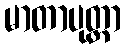
မာတာပုတ္တာ